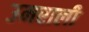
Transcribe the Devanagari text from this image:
उमराली